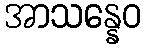
အာသန္နေဝ